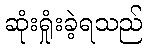
ဆုံးရှုံးခဲ့ရသည်